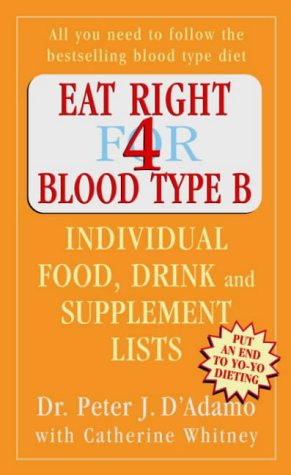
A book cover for Eat Right for Blood Type B: Individual Food, Drink and Supplement Lists; Peter D'Adamo; Health, Fitness & Dieting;